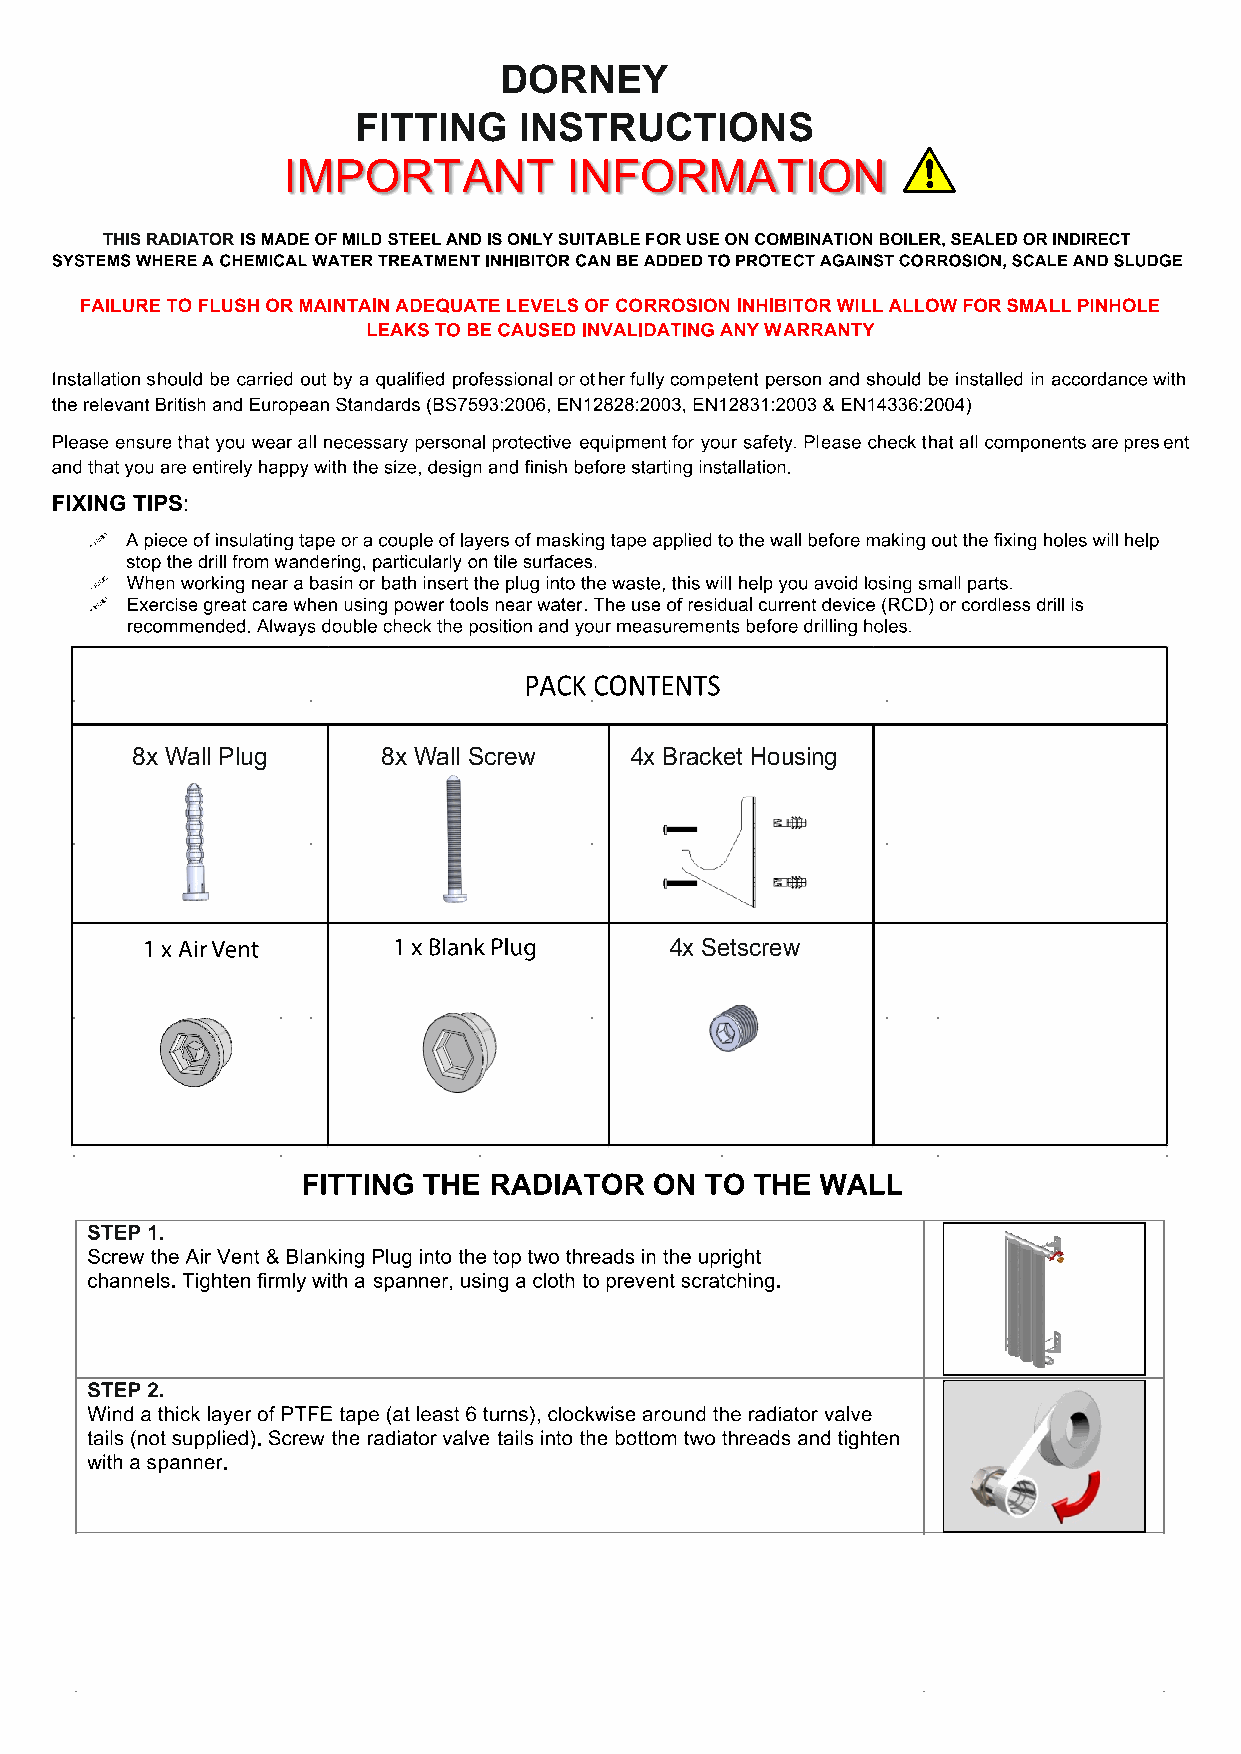
DORNEY
 FITTING    INSTRUCTIONS
 THIS RADIATOR
 8x Wall Plug    8x Wall Screw    4x Bracket Housing
 4x Setscrew